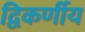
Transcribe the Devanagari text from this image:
द्विकर्णीय